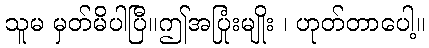
သူမ မှတ်မိပါပြီ။ဤအပြုံးမျိုး ၊ ဟုတ်တာပေါ့။